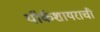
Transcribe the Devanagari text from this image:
यॉर्कशायराची